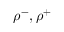
\rho ^ { - } , \rho ^ { + }